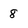
Character: 8